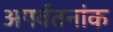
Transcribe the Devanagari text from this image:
अपर्वतनांक